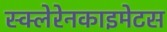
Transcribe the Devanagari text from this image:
स्क्लेरेनकाइमेटस